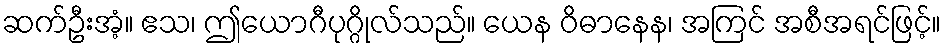
ဆက်ဦးအံ့။ ဧသ၊ ဤယောဂီပုဂ္ဂိုလ်သည်။ ယေန ဝိဓာနေန၊ အကြင် အစီအရင်ဖြင့်။